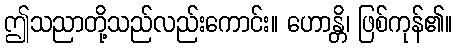
ဤသညာတို့သည်လည်းကောင်း။ ဟောန္တိ၊ ဖြစ်ကုန်၏။